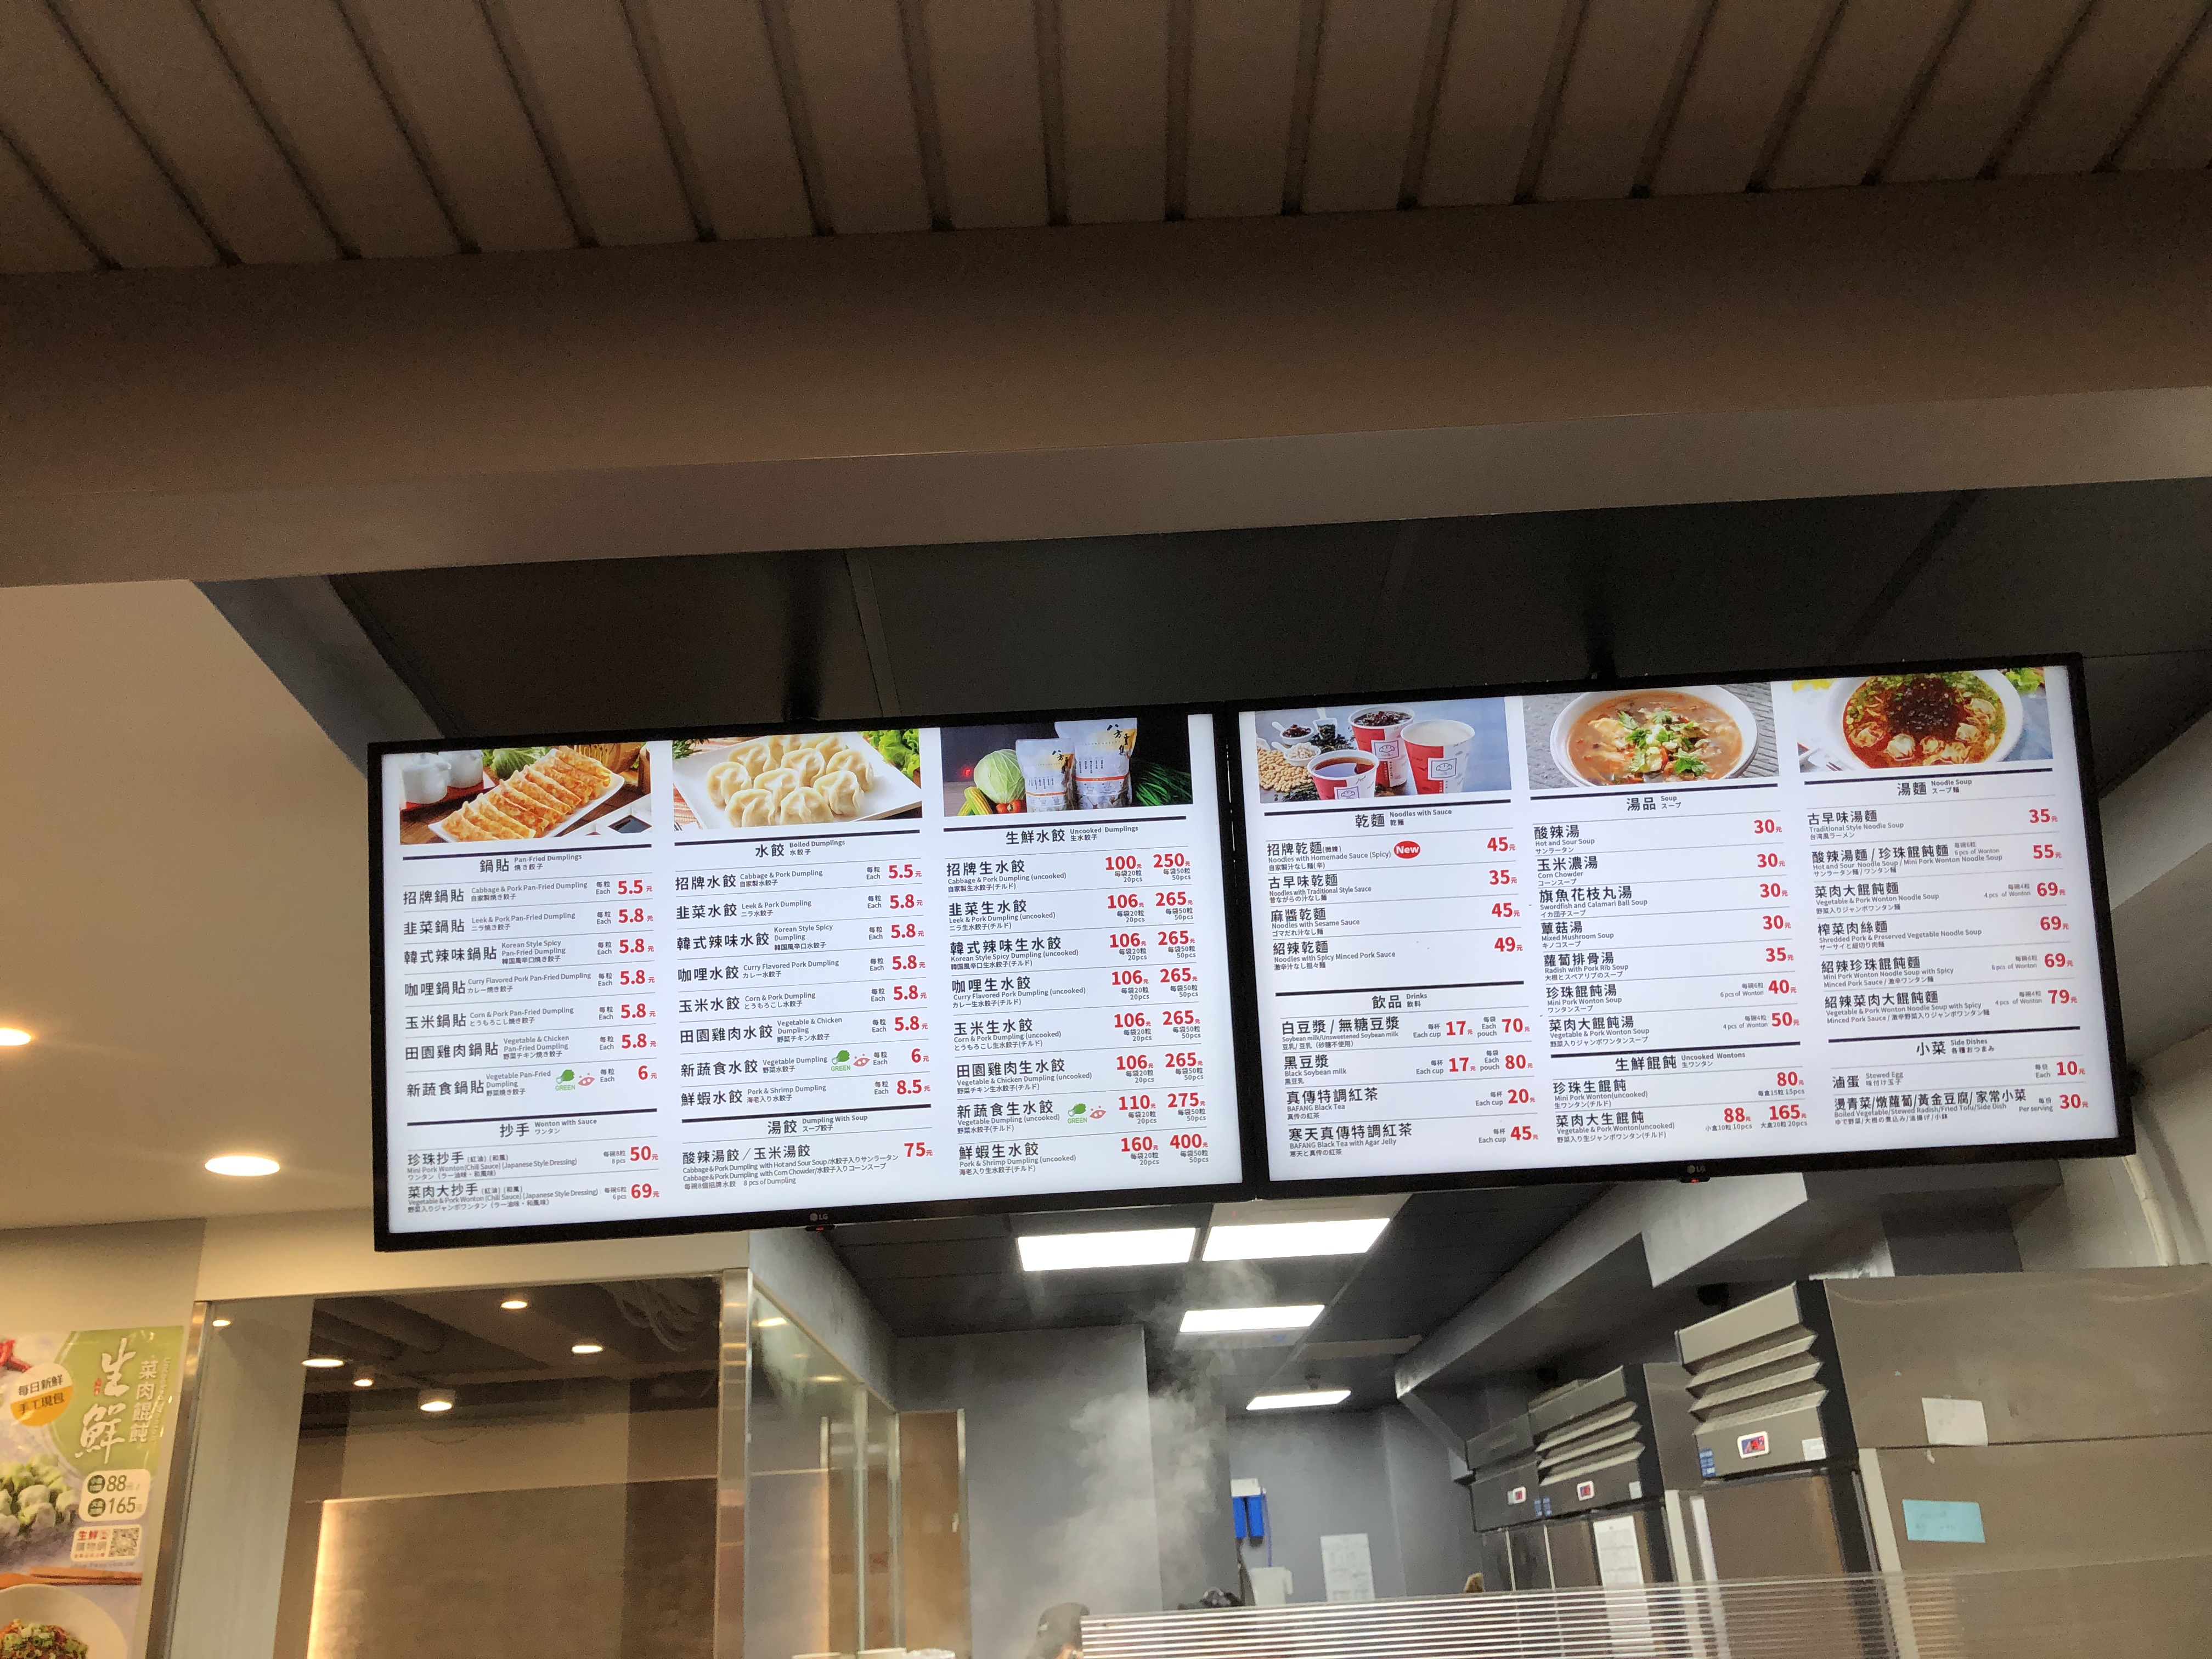
菜單：
name: 招牌鍋貼
price: 5.5 元
name: 韭菜鍋貼
price: 5.8 元
name: 韓式辣味鍋貼
price: 5.8 元
name: 咖哩鍋貼
price: 5.8 元
name: 玉米鍋貼
price: 5.8 元
name: 田園雞肉鍋貼
price: 5.8 元
name: 新蔬食鍋貼
price: 6 元
name: 鮮蝦水餃
price: 8.5 元
name: 招牌水餃
price: 5.5 元
name: 韭菜水餃
price: 5.8 元
name: 韓式辣味水餃
price: 5.8 元
name: 咖哩水餃
price: 5.8 元
name: 玉米水餃
price: 5.8 元
name: 田園雞肉水餃
price: 5.8 元
name: 新蔬食水餃
price: 6 元
name: 鮮蝦水餃
price: 8.5 元
name: 招牌生鮮水餃
price: 100 元 (20pcs), 250 元 (50pcs)
name: 韭菜生鮮水餃
price: 106 元 (20pcs), 265 元 (50pcs)
name: 韓式辣味生鮮水餃
price: 106 元 (20pcs), 265 元 (50pcs)
name: 咖哩生鮮水餃
price: 106 元 (20pcs), 265 元 (50pcs)
name: 玉米生鮮水餃
price: 106 元 (20pcs), 265 元 (50pcs)
name: 田園雞肉生鮮水餃
price: 106 元 (20pcs), 265 元 (50pcs)
name: 新蔬食生鮮水餃
price: 110 元 (20pcs), 275 元 (50pcs)
name: 鮮蝦生鮮水餃
price: 160 元 (20pcs), 400 元 (50pcs)
name: 招牌乾麵
price: 45 元
name: 古早味乾麵
price: 35 元
name: 麻醬乾麵
price: 45 元
name: 紹辣乾麵
price: 49 元
name: 古早味湯麵
price: 35 元
name: 酸辣湯麵 / 珍珠餛飩麵
price: 55 元
name: 菜肉大餛飩麵
price: 69 元
name: 榨菜肉絲麵
price: 69 元
name: 紹辣珍珠餛飩麵
price: 69 元
name: 紹辣菜肉大餛飩麵
price: 79 元
name: 酸辣湯
price: 30 元
name: 玉米濃湯
price: 30 元
name: 旗魚花枝丸湯
price: 30 元
name: 貢菇湯
price: 30 元
name: 蘿蔔排骨湯
price: 35 元
name: 珍珠餛飩湯
price: 40 元 (6pcs of Wonton)
name: 菜肉大餛飩湯
price: 50 元 (4pcs of Wonton)
name: 白豆漿 / 無糖豆漿
price: 17 元 (Each cup), 70 元 (4 cups pouch)
name: 黑豆漿
price: 17 元 (Each cup), 80 元 (4 cups pouch)
name: 真傳特調紅茶
price: 45 元 (Each cup)
name: 滷蛋
price: 10 元 (Each)
name: 滷蘿蔔/燉爌肉/黃金豆腐/家常小菜
price: 30 元 (Per serving)
name: 珍珠抄手
price: 50 元 (6pcs)
name: 菜肉大抄手
price: 69 元 (6pcs)
name: 生鮮餛飩
price: 88 元 (10 pcs), 165 元 (20 pcs)